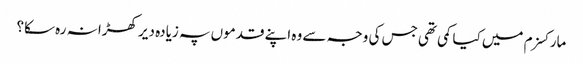
مارکسزم میں کیا کمی تھی جس کی وجہ سے وہ اپنے قدموں پہ زیادہ دیر کھڑا نہ رہ سکا؟